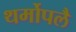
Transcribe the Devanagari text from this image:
थर्मोपलै